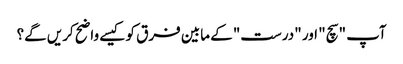
آپ "سچ" اور "درست" کے مابین فرق کو کیسے واضح کریں گے؟